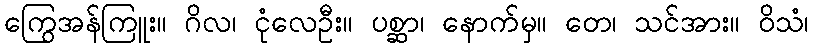
ကြွေအန်ကြူး။ ဂိလ၊ ငုံလေဦး။ ပစ္ဆာ၊ နောက်မှ။ တေ၊ သင်အား။ ဝိသံ၊